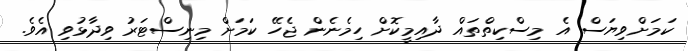
ކަމަށްވިޔަސް އެ މިސްކިތްތައް ދާއިމީކޮށް ހިމެނެން ޖެހޭ ކަމަށް މިނިސްޓަރު ވިދާޅުވި އެވެ.